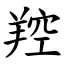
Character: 羫